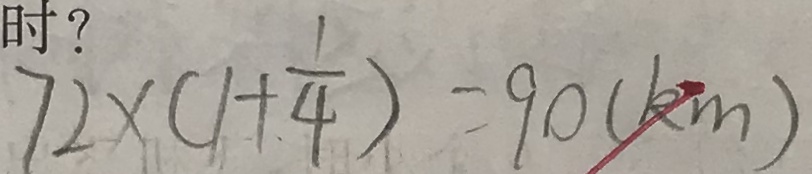
7 2 \times ( 1 + \frac { 1 } { 4 } ) = 9 0 ( k m )